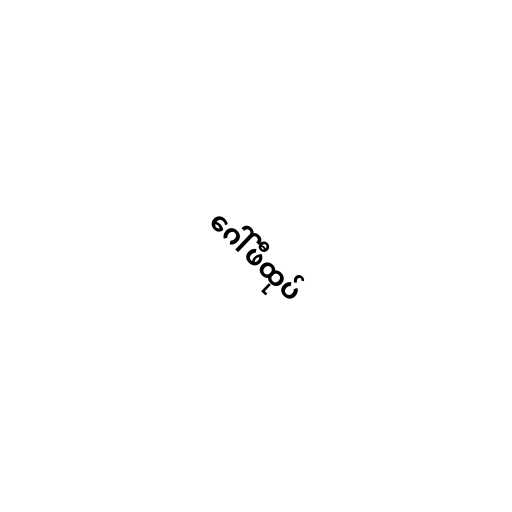
ဂေါ်ဖီထုပ်